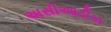
અસીઆટીકા